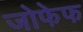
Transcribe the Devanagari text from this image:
जोफेफ